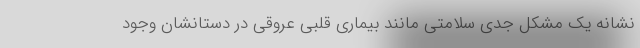
نشانه یک مشکل جدی سلامتی مانند بیماری قلبی عروقی در دستانشان وجود